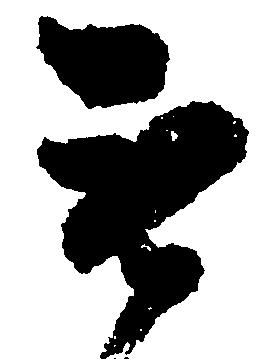
無